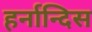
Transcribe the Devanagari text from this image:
हर्नान्दिस